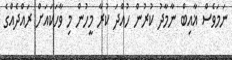
ނަމަވެސް ޣާއިބް ނާމާދު ކުރުން ހުއްދަ ކުރާ މީހުން މި ވާހަކައަށް ރައްދެއްގެ